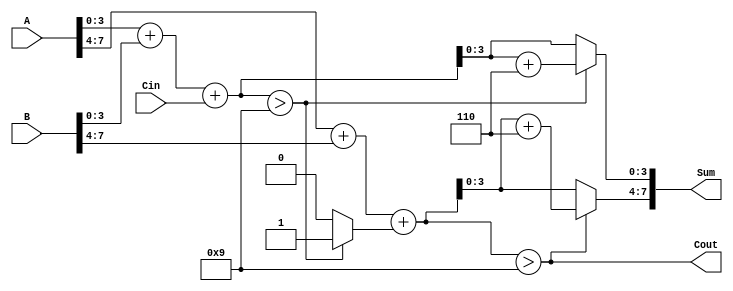
module BCD_Redundant_Binary_Adder (
    input [7:0] A,      // First BCD input (two digits in redundant binary)
    input [7:0] B,      // Second BCD input (two digits in redundant binary)
    input Cin,          // Carry input
    output reg [7:0] Sum, // BCD output (two digits in redundant binary)
    output reg Cout      // Carry output
);

    // Internal signals for carry and sum
    wire [4:0] sum0, sum1; // 5 bits to accommodate carry
    wire carry0, carry1;    // Carry for each digit

    // First digit addition (A[3:0] + B[3:0] + Cin)
    assign sum0 = A[3:0] + B[3:0] + Cin;
    assign carry0 = sum0 > 4'd9; // Check if sum exceeds BCD limit

    // Correction logic for first digit
    always @(*) begin
        if (carry0) begin
            Sum[3:0] = sum0 + 4'd6; // Add 6 for BCD correction
            carry1 = 1'b1;          // Set carry for next digit
        end else begin
            Sum[3:0] = sum0[3:0];   // No correction needed
            carry1 = 1'b0;          // No carry to next digit
        end
    end

    // Second digit addition (A[7:4] + B[7:4] + carry from first digit)
    assign sum1 = A[7:4] + B[7:4] + carry1;
    assign Cout = sum1 > 4'd9; // Check if sum exceeds BCD limit for second digit

    // Correction logic for second digit
    always @(*) begin
        if (Cout) begin
            Sum[7:4] = sum1 + 4'd6; // Add 6 for BCD correction
        end else begin
            Sum[7:4] = sum1[3:0];   // No correction needed
        end
    end

endmodule